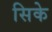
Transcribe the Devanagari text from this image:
सिके